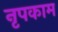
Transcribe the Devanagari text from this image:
नृपकाम